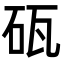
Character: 砙